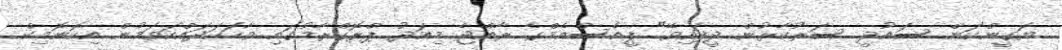
ޔަގީންކަން ސައުދީ ސަރުކާރުން ދީފައިވޭ" ޕީއެސްއެމްގެ ރާއްޖެ މިއަދު ޕްރޮގްރާމުގައި ވާހަކަދައްކަވަމުން އިކޮނޮމިކް